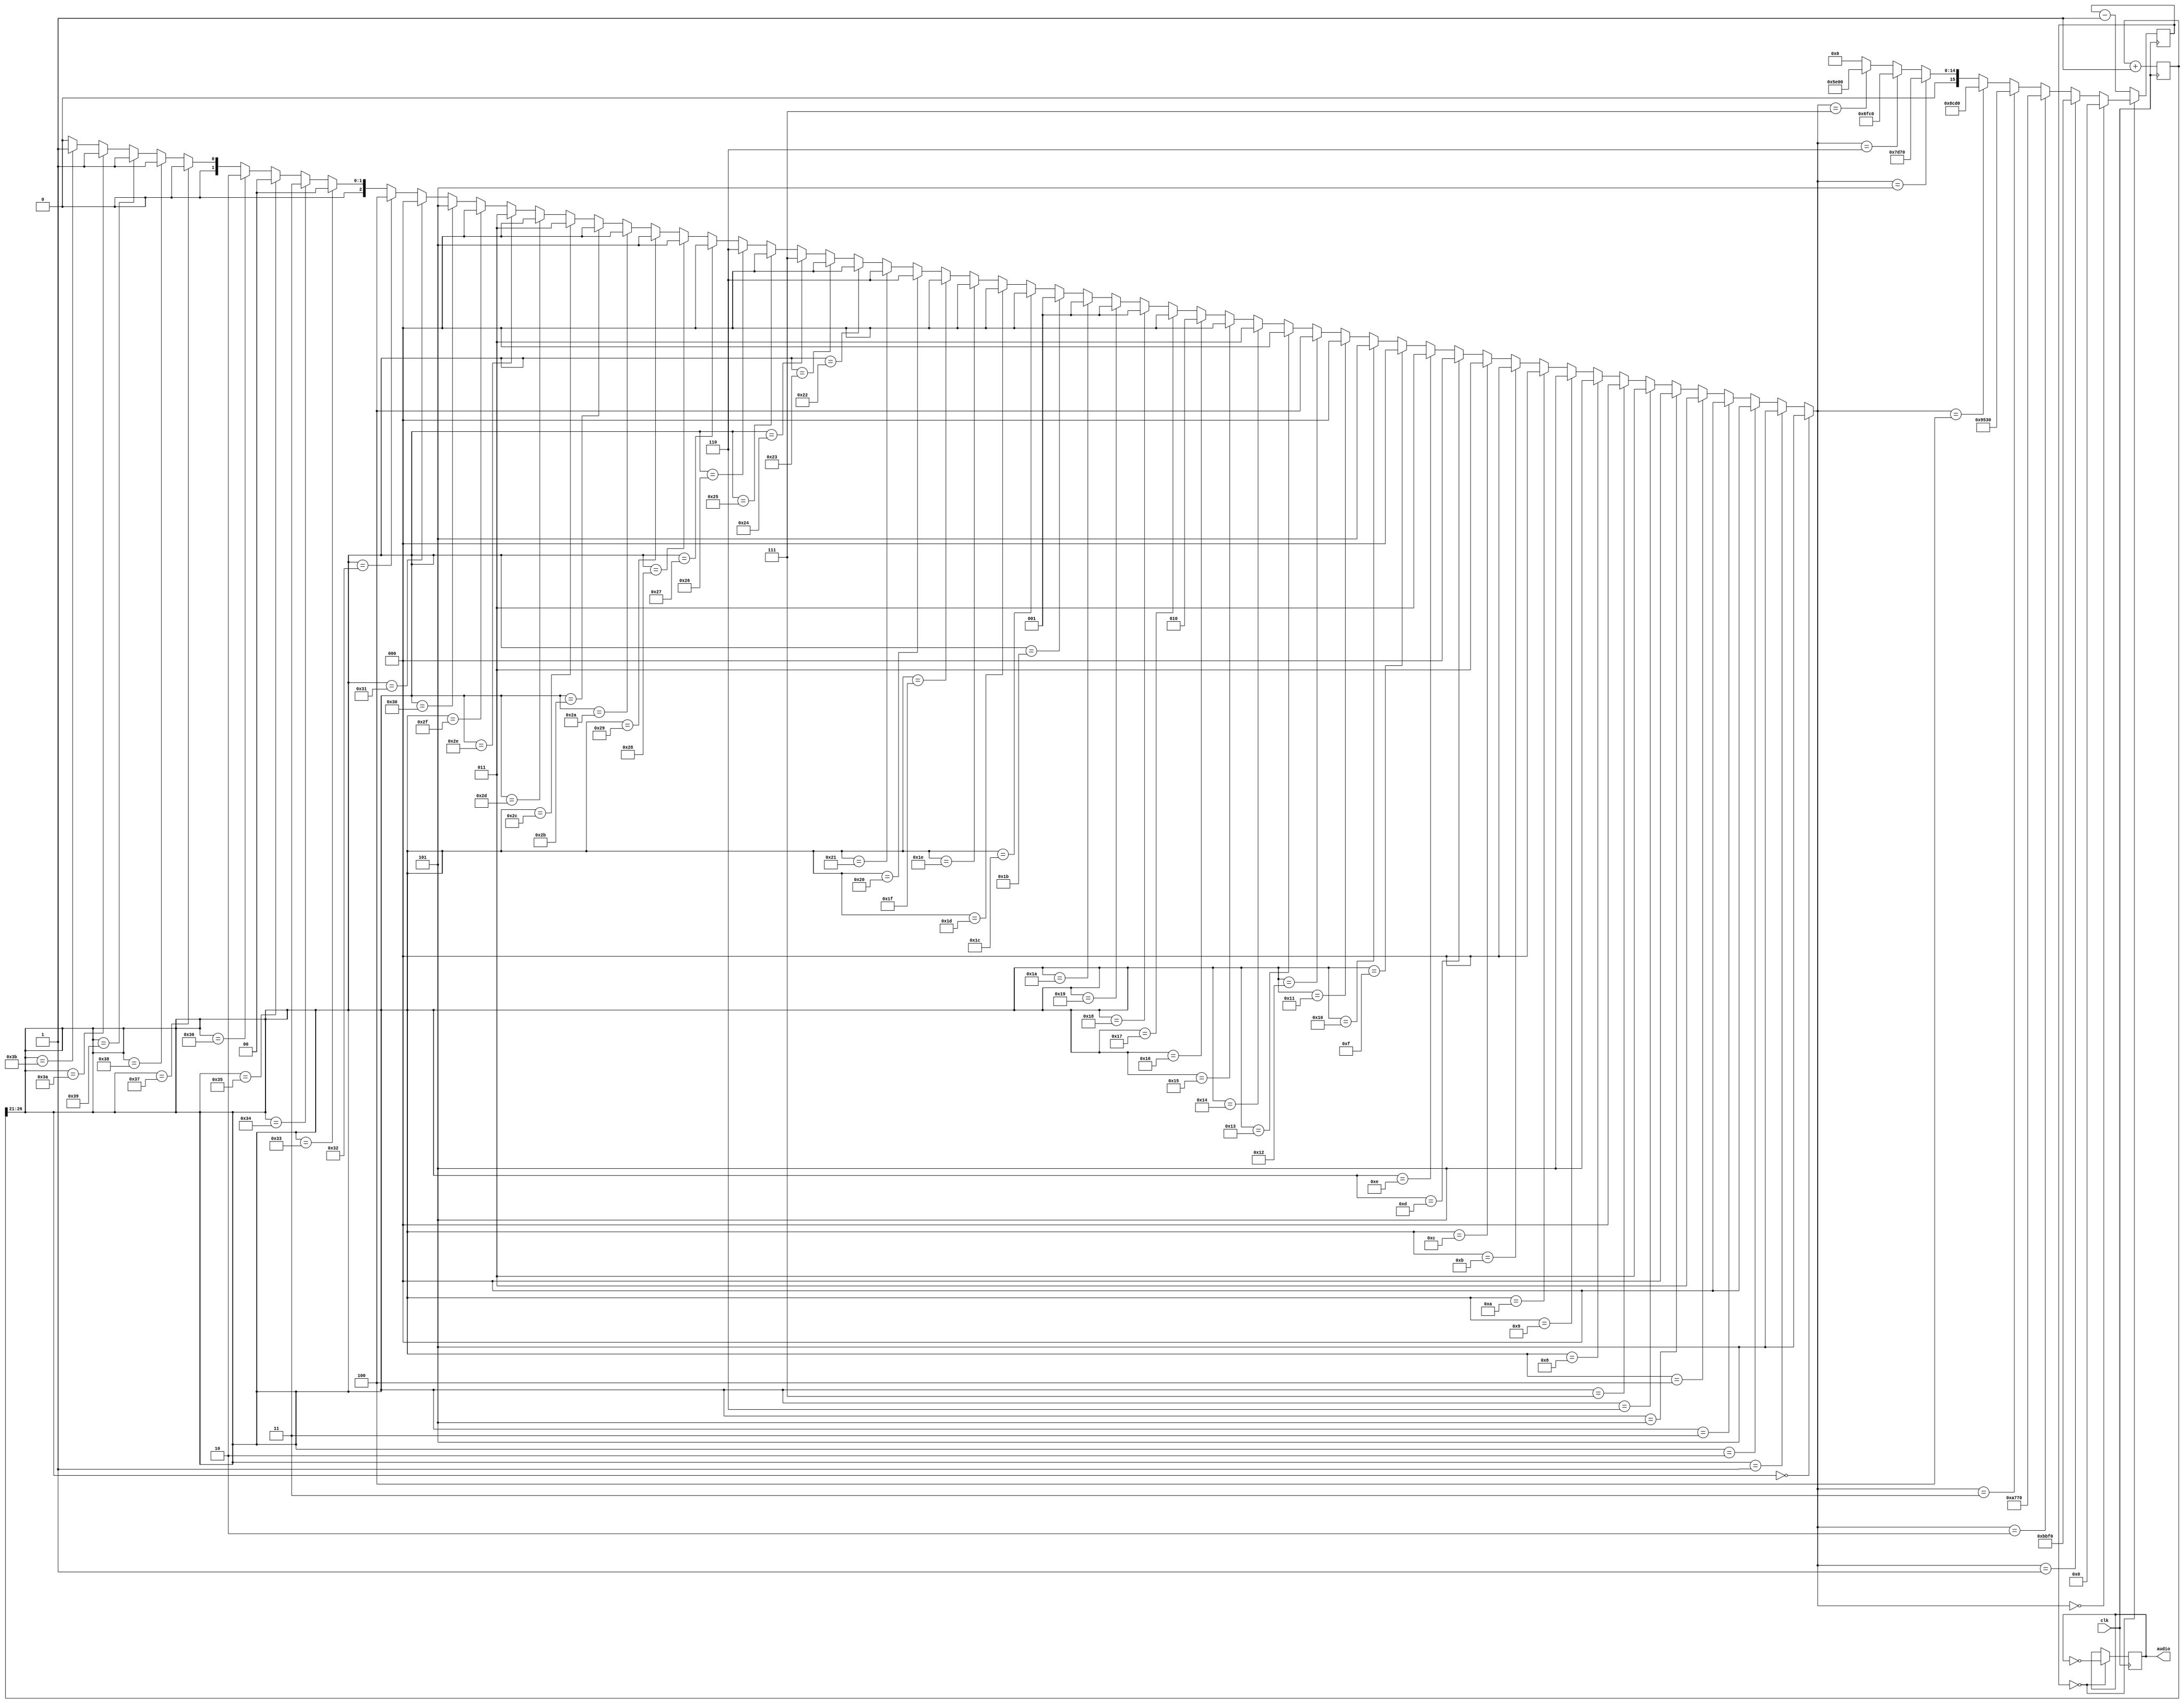
module epm7064_test(clk, audio);
input wire clk;
output audio;
			
		  
reg [15:0] counter; initial counter <= 16'd0;

reg [27:0] tone; initial tone <= 28'd0;
always @(posedge clk) tone <= tone + 1'b1;

wire [5:0] step_num = tone[26:(26-5)];  // 6    0  64

wire [2:0] note_num = 
					  (step_num == 0) ? 5 :    // 1
					  (step_num == 1) ? 5 :    // 2
					  (step_num == 2) ? 0 :    // 3
					  (step_num == 3) ? 0 :    // 4
					  (step_num == 4) ? 3 :    // 5
					  (step_num == 5) ? 0 :    // 6
					  (step_num == 6) ? 3 :    // 7
					  (step_num == 7) ? 0 :    // 8
					  (step_num == 8) ? 5 :    // 9
					  (step_num == 9) ? 5 :    // 10
					  (step_num ==10) ? 0 :    // 11
					  (step_num ==11) ? 0 :    // 12
					  (step_num ==12) ? 3 :    // 13
					  (step_num ==13) ? 0 :    // 14
					  (step_num ==14) ? 3 :    // 15
					  (step_num ==15) ? 0 :    // 16
					  
					  (step_num ==16) ? 5 :    // 17
					  (step_num ==17) ? 0 :    // 18
					  (step_num ==18) ? 4 :    // 19
					  (step_num ==19) ? 0 :    // 20
					  (step_num ==20) ? 3 :    // 21
					  (step_num ==21) ? 0 :    // 22
					  (step_num ==22) ? 2 :    // 23
					  (step_num ==23) ? 0 :    // 24
					  (step_num ==24) ? 1 :    // 25
					  (step_num ==25) ? 1 :    // 26
					  (step_num ==26) ? 1 :    // 27
					  (step_num ==27) ? 1 :    // 28
					  (step_num ==28) ? 0 :    // 29
					  (step_num ==29) ? 0 :    // 30
					  (step_num ==30) ? 0 :    // 31
					  (step_num ==31) ? 0 :    // 32
					  
					  (step_num ==32) ? 6 :    // 33
					  (step_num ==33) ? 6 :    // 34
					  (step_num ==34) ? 0 :    // 35
					  (step_num ==35) ? 0 :    // 36
					  (step_num ==36) ? 7 :    // 37
					  (step_num ==37) ? 0 :    // 38
					  (step_num ==38) ? 6 :    // 39
					  (step_num ==39) ? 0 :    // 40
					  (step_num ==40) ? 5 :    // 41
					  (step_num ==41) ? 5 :    // 42
					  (step_num ==42) ? 0 :    // 43
					  (step_num ==43) ? 0 :    // 44
					  (step_num ==44) ? 3 :    // 45
					  (step_num ==45) ? 0 :    // 46
					  (step_num ==46) ? 3 :    // 47
					  (step_num ==47) ? 0 :    // 48

					  (step_num ==48) ? 5 :    // 49
					  (step_num ==49) ? 0 :    // 50
					  (step_num ==50) ? 4 :    // 51
					  (step_num ==51) ? 0 :    // 52
					  (step_num ==52) ? 3 :    // 53
					  (step_num ==53) ? 0 :    // 54
					  (step_num ==54) ? 2 :    // 55
					  (step_num ==55) ? 0 :    // 56
					  (step_num ==56) ? 1 :    // 57
					  (step_num ==57) ? 1 :    // 58
					  (step_num ==58) ? 1 :    // 59
					  (step_num ==59) ? 1 :    // 60
					  (step_num ==60) ? 0 :    // 61
					  (step_num ==61) ? 0 :    // 62
					  (step_num ==62) ? 0 :    // 63
					  (step_num ==63) ? 0 :    // 64

					   0;


wire [15:0] clkdivider = 
						 (note_num == 0) ? 16'd0 :
						 (note_num == 1) ? 16'b1011101111110000 :
						 (note_num == 2) ? 16'b1010011101110000 :
						 (note_num == 3) ? 16'b1001010100110000 :
						 (note_num == 4) ? 16'b1000110011010000 :
						 (note_num == 5) ? 16'b0111110101110000 :
						 (note_num == 6) ? 16'b0110111111000000 :
						 (note_num == 7) ? 16'b0101111000000000 : 16'd0;

always @(posedge clk) begin
	if(counter==0) begin
		counter <= clkdivider;
	end else begin
		counter <= counter - 1'b1;
	end
end

reg audio;
always @(posedge clk) if(counter==0) audio <= ~audio;

endmodule